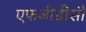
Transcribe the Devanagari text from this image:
एफजीडीसी